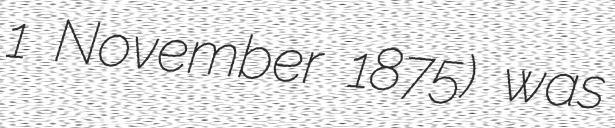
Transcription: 1 November 1875) was